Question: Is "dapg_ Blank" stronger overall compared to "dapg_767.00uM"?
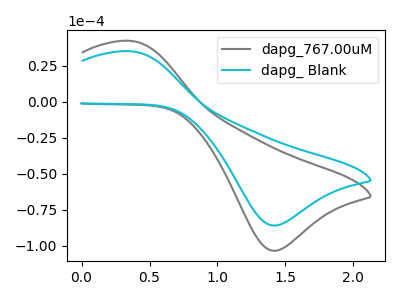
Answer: <think>The gray curve "dapg_767.00uM" has an anodic peak at (0.35V, 42.40uA) and a cathodic peak at (1.40V, -103.30uA). The cyan curve "dapg_ Blank" has an anodic peak at (0.35V, 35.20uA) and a cathodic peak at (1.40V, -85.80uA).
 All the peaks in "dapg_ Blank" have a peak in "dapg_767.00uM" at the same potential. Every peak in "dapg_ Blank" is lower than every peak in "dapg_767.00uM".</think>
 <answer>"dapg_ Blank" has less signal than "dapg_767.00uM".</answer>
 <eval>less_signal</eval>